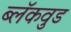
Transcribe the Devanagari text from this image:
ब्लॅकवुड